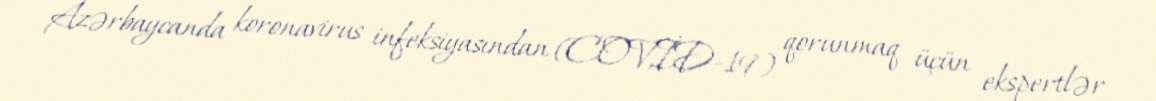
Azərbaycanda koronavirus infeksiyasından (COVİD-19) qorunmaq üçün ekspertlər